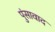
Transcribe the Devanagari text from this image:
पुंसावाद